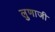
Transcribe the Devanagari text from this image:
लुणाजी